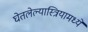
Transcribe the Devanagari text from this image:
घेतलेल्यास्त्रियामध्ये